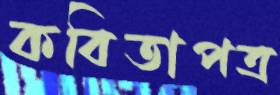
কবিতাপত্র